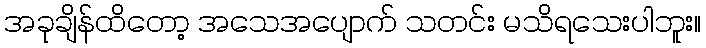
အခုချိန်ထိတော့ အသေအပျောက် သတင်း မသိရသေးပါဘူး။